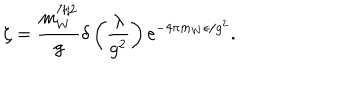
LaTeX: \zeta = \frac { m _ { W } ^ { 7 / 2 } } { g } \delta \left( \frac { \lambda } { g ^ { 2 } } \right) \mathrm { e } ^ { - 4 \pi m _ { W } \epsilon / g ^ { 2 } } .